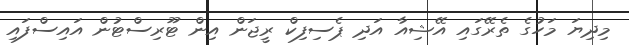
މިދިޔަ މަހުގެ ތެރޭގައި އޭޝިއާ އަދި ޕެސިފިކް ރީޖަން އިން ޓޫރިސްޓުން އައިސްފައި